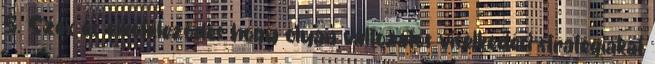
5. Szex és elköteleződés hogy olyan változatos viselkedési stratégiákat